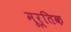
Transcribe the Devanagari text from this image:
मूर्तिक